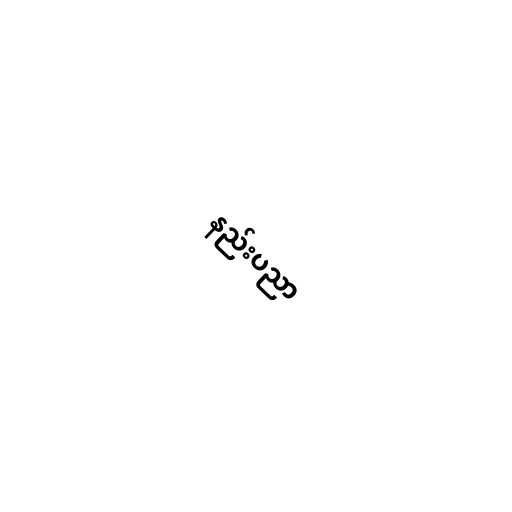
နည်းပညာ